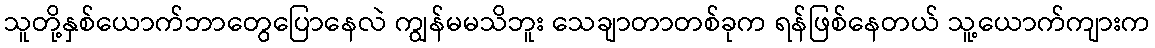
သူတို့နှစ်ယောက်ဘာတွေပြောနေလဲ ကျွန်မမသိဘူး သေချာတာတစ်ခုက ရန်ဖြစ်နေတယ် သူ့ယောက်ကျားက